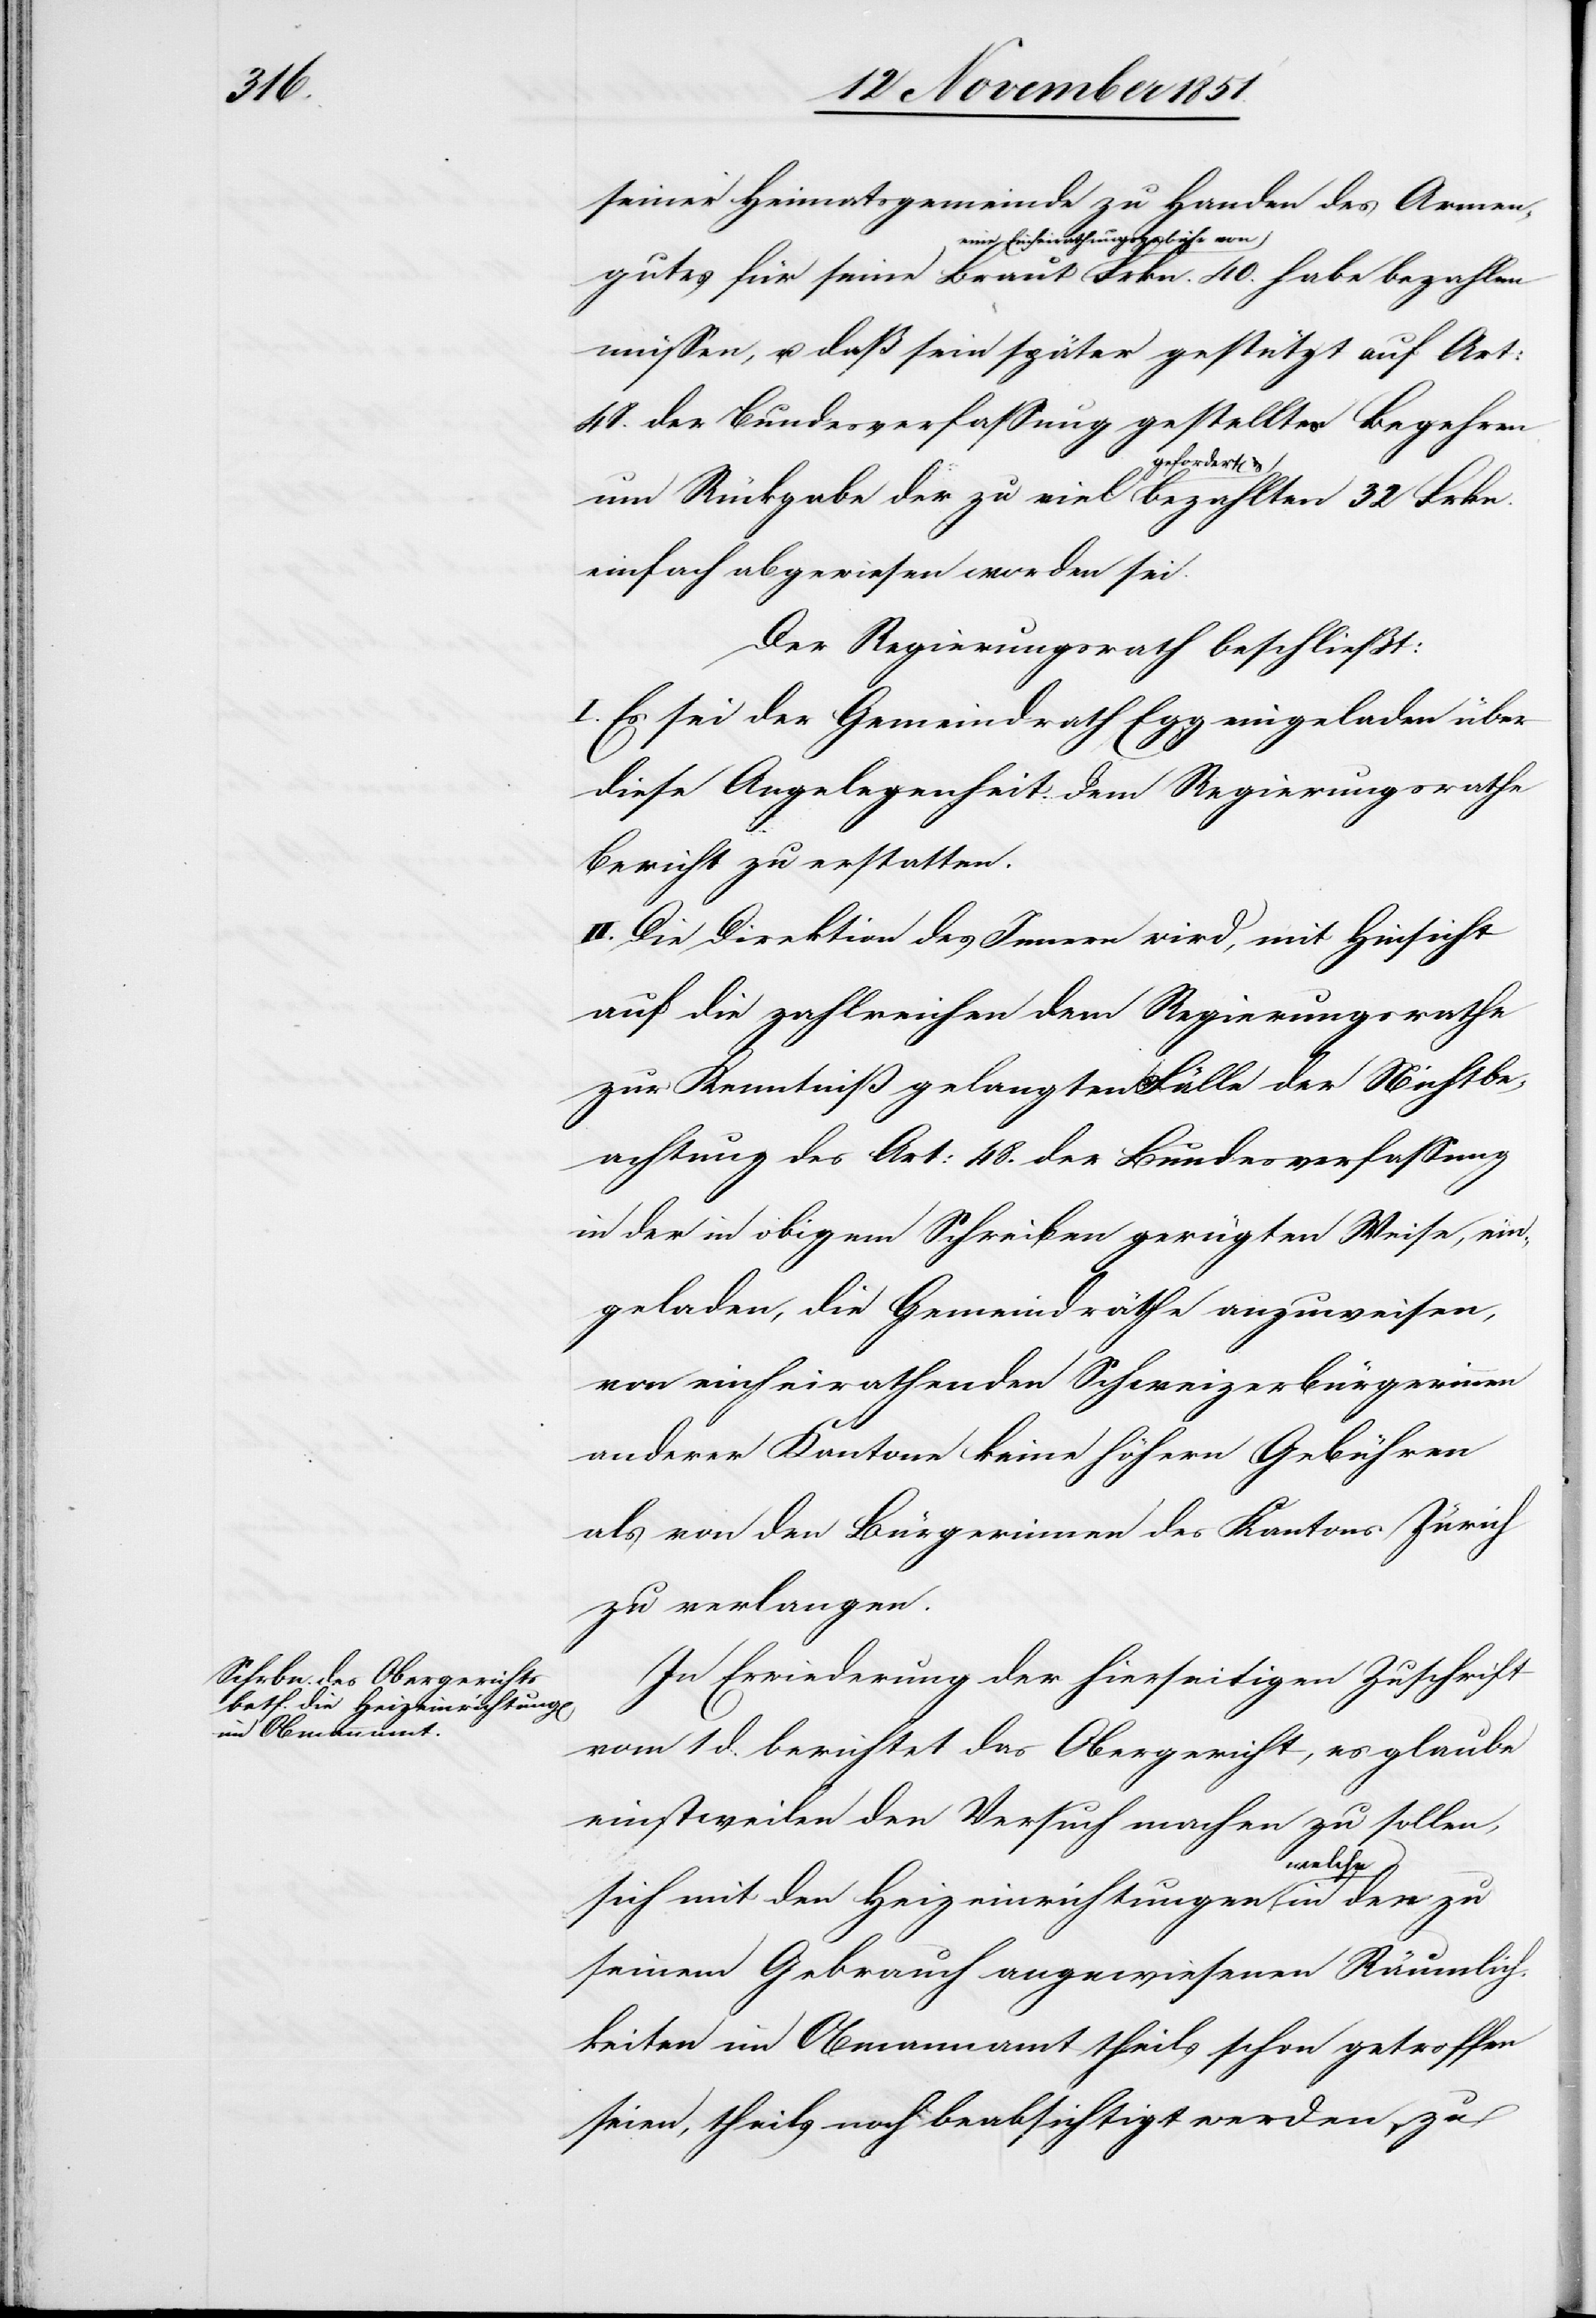
32

seiner Heimatsgemeinde zu Handen des Armen¬
gutes für seine Braut eine Einheirathung¬
müssen, u. daß sein später gestützt auf Art:
48. der Bundesverfassung gestelltes Begehren
um Rückgabe der zu viel gefordert[en] & beza¬
einfach abgewiesen worden sei.
Der Regierungsrath beschließt:
I. Es sei der Gemeindrath Egg eingeladen über
diese Angelegenheit dem Regierungsrathe
Bericht zu erstatten.
II. Die Direktion des Innern wird, mit Hinsicht
auf die zahlreichen dem Regierungsrathe
zur Kenntniß gelangten Fälle der Nichtbe¬
achtung des Art: 48. der Bundesverfassung
in der in obigem Schreiben gerügten Weise, ein¬
geladen, die Gemeindräthe anzuweisen,
von einheirathenden Schweizerbürgerinnen
anderer Kantone keine höhern Gebühren
als von den Bürgerinnen des Kantons Zürich
zu verlangen.
In Erwiederung der hierseitigen Zuschrift
vom 1 d. berichtet das Obergericht, es glaube
einstweilen den Versuch machen zu sollen,
sgebühr
sich mit den Heizeinrichtungen welche in den zu
seinem Gebrauch angewiesenen Räumlich¬
keiten im Obmannamt theils schon getroffen
seien, theils noch beabsichtigt werden, zu